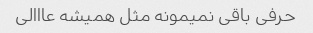
حرفی باقی نمیمونه مثل همیشه عااالی